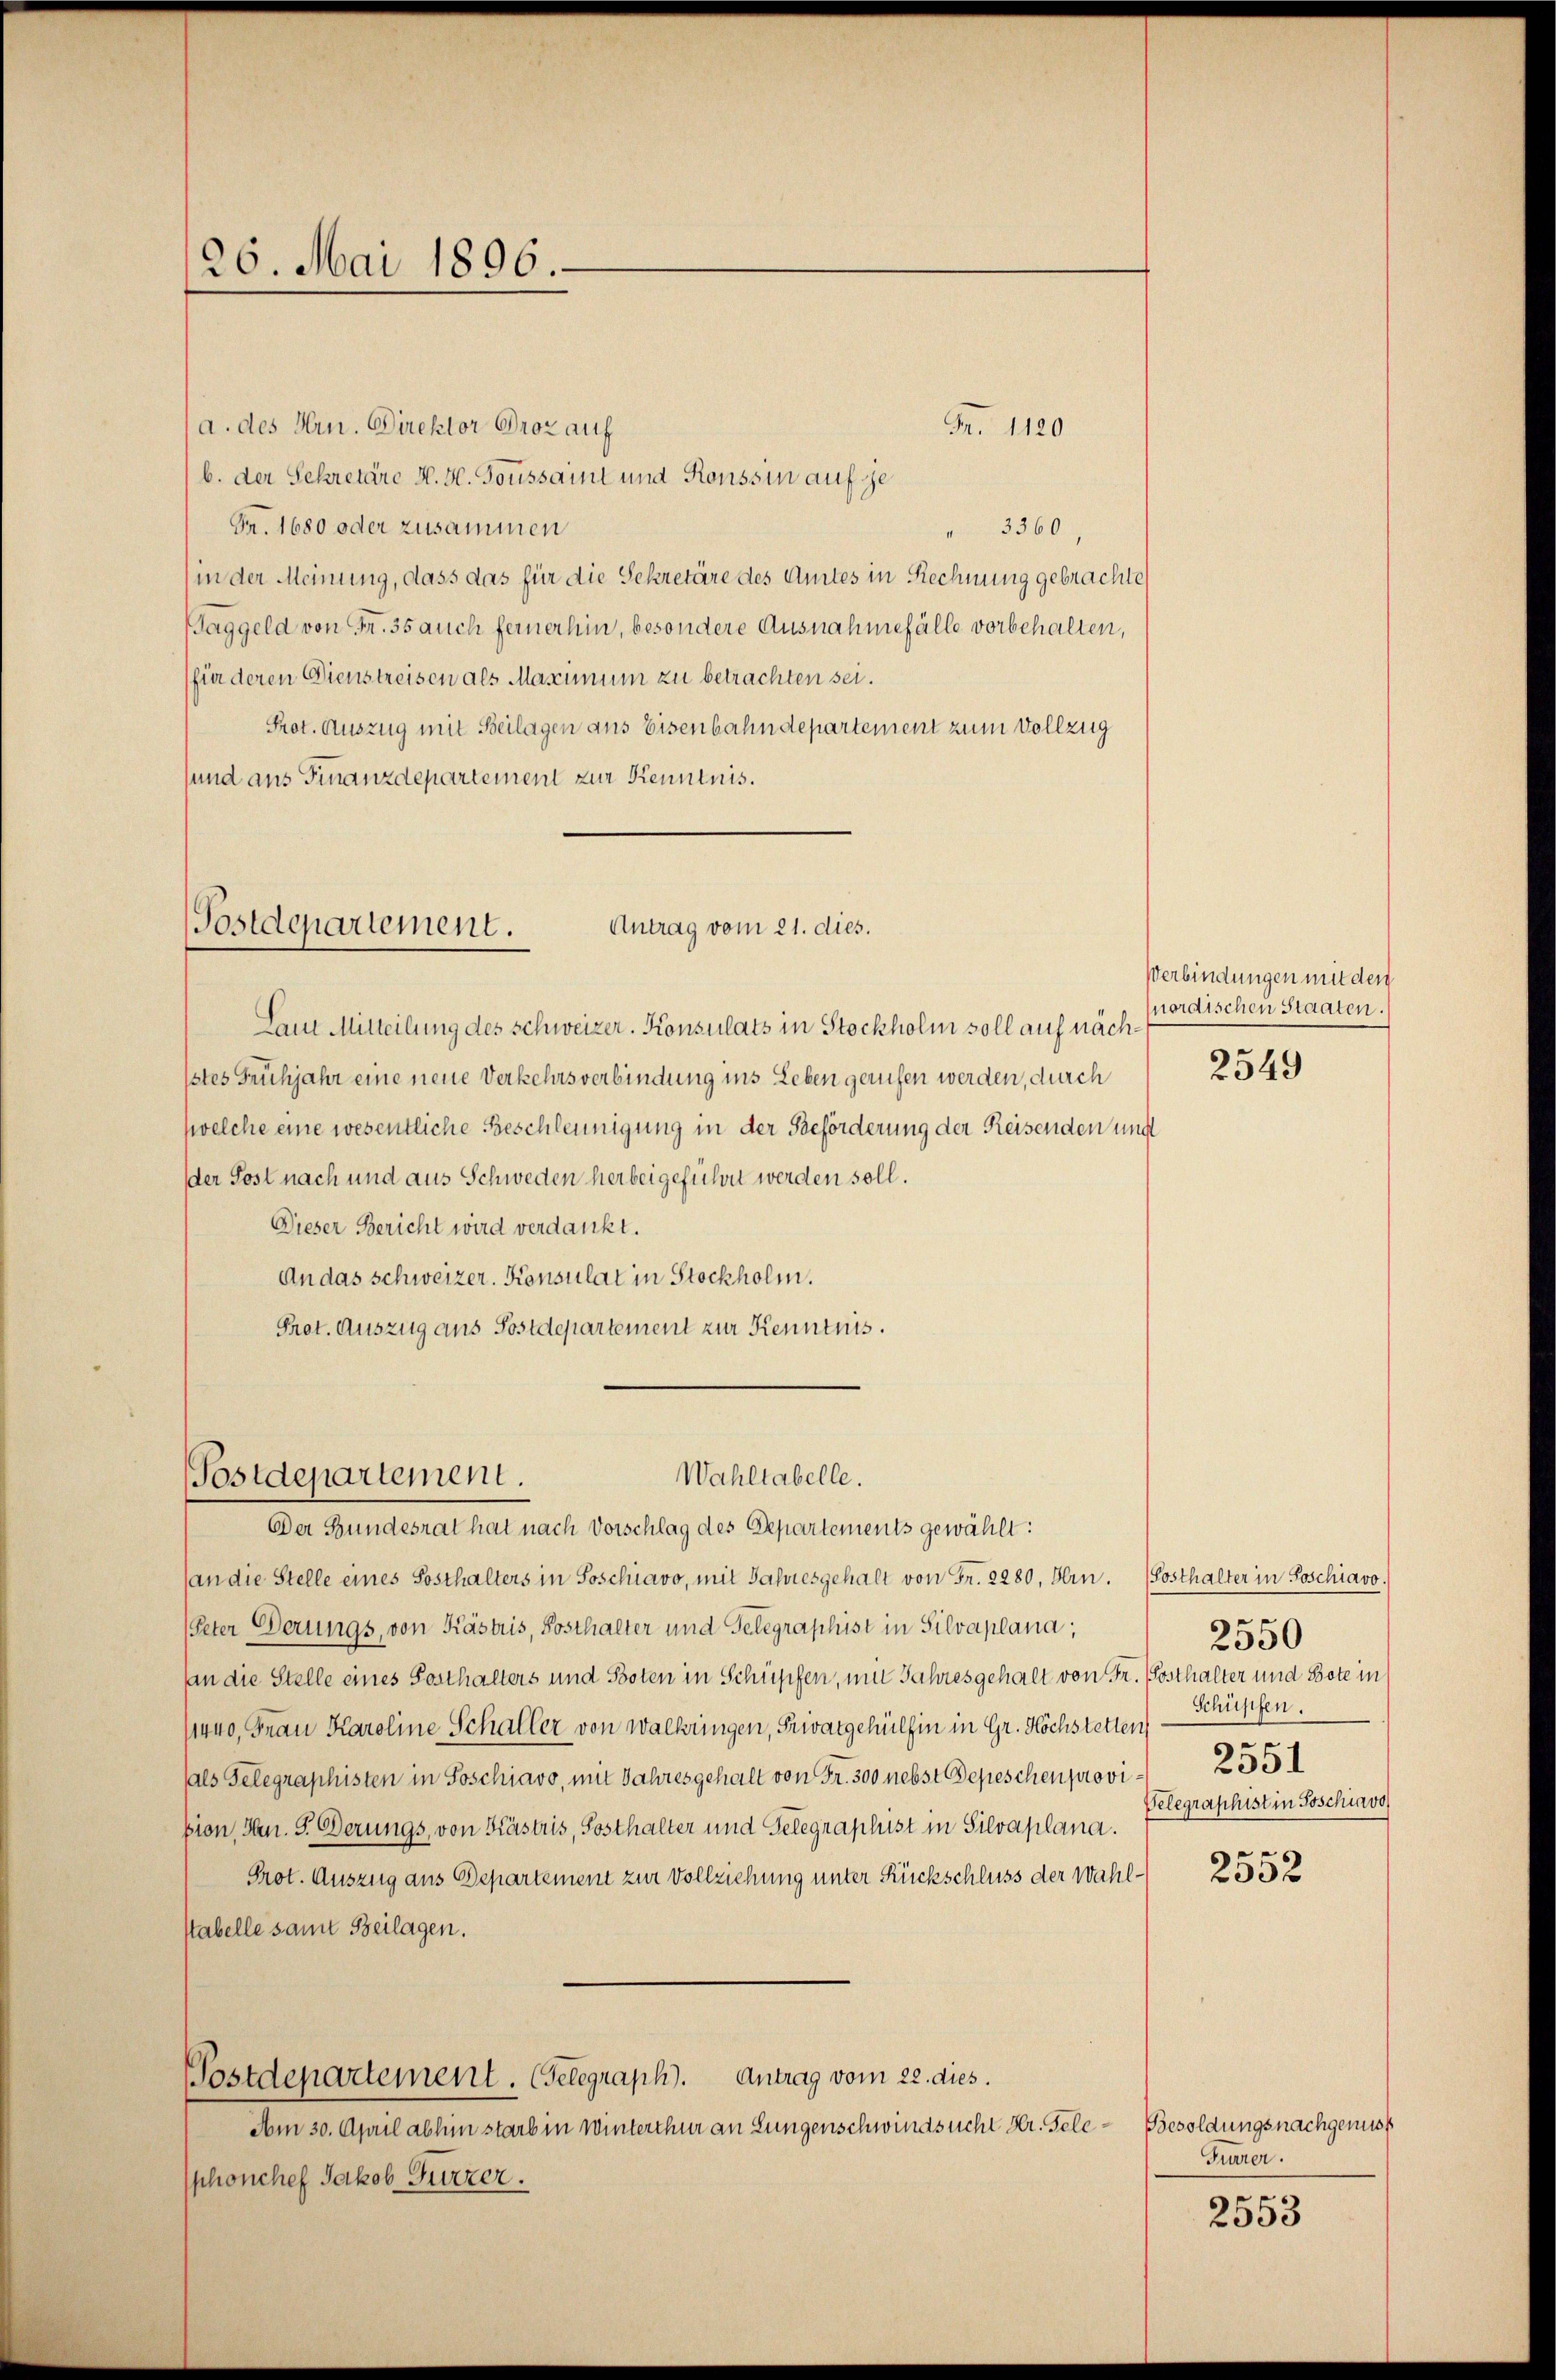
126. Mai 1896.

(a. des Hrn. Direktor Proz auf
Fr. 1120
b. der Sekretäre H. H. Toussait und Ronssin auf je
Fr. 1680 oder zusammen
3360,
(in der Meinung, dass das für die Sekretäre des Amtes in Rechnung gebrachte
Baggeld von Fr. 35 auch fernerhin, besondere Ausnahmefälle vorbehalten,
(für deren Dienstreisen als Maximum zu betrachten sei.
Prot. Auszug mit Beilagen aus Eisenbahndepartement zum Vollzug
sund aus Finanzdepartement zur Kenntnis.

Postdepartement.
Antrag vom 21. dies.

Wahltabelle.
Postdepartement.

Laut Mitteilung des Schweizer. Konsulats in Stockholm soll auf nächstes Frühjahr eine neue Verkehrsverbindung ins Leben gerufen werden, durch
(welche eine wesentliche Beschleunigung in der Beförderung der Reisenden und
der Post nach und aus Schweden herbeigeführet werden soll.
Dieser Bericht wird verdankt.
An das Schweizer. Konsulat in Stockholm.
Prot. Auszug aus Postdepartement zur Kenntnis.

Der Bundesrat hat nach Vorschlag des Departements gewählt:
(an die Stelle eines Sosthalters in Soschiavo, mit Jahresgehalt von Fr. 2280, Hrn.
Peter Berungs, von Kästris, Posthalter und Telegraphist in Silvaplana,
an die Stelle eines Posthalters und Boten in Schüpfen, mit Jahresgehalt von Fr. Posthalter und Bote in
11440, Frau Karoline Schaller von walbringen, Privatgehülfen in Gr. Höchstetten
hals Telegraphisten in Soschiavo, mit Jahresgehalt von Fr. 300 nebst Depeschen provision, Hrn. F. Berungs, von Kästris, Sosthalter und Gelegraphist in Silvaplana.
Prot. Auszug aus Departement zur Vollziehung unter Rückschluss der Wahlstabelle samt Beilagen.
Postdepartement. Gelegraph. Antrag vom 28. dies
Am 30. April abhin starb in Winterthur an Lungenschwindsucht Hr. Teleshonchef Jakob Furzer.

Verbindungen mit den
Mordischen Staaten.)

2549

Sosthalter in Poschiavo.
e
2330
Schüpfen.
3
2351
Gelegraphist in Soschiavo

2552

Besoldungsnachgenuss
Frarer.

x
2303